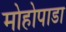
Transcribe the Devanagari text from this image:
मोहोपाडा